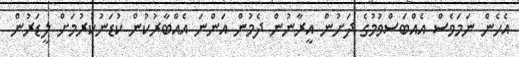
އެހެން ނަމަވެސް އެއްބަސްވުމުގެ ދަށުން އީރާނުން ދެމުން އަންނަ އެއްބާރުކުން ކުޑަނުކުރުމަށް ލީޑަރުން